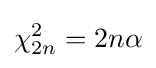
\chi _{2n}^{2}=2n\alpha